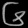
Digit: ၆